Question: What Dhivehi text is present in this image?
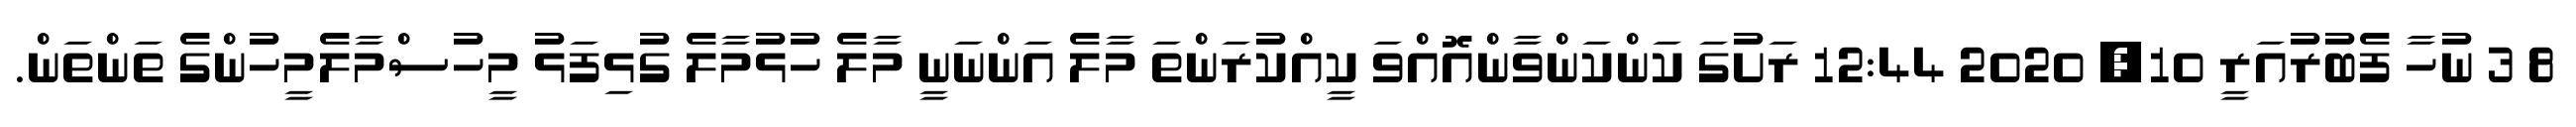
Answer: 8 3 ނުހާ ފެބުރުއަރީ 10, 2020 12:44 ރަށުގަ ކަންކަންވާންއޮއްވަ ކީއްކުރަންތަ މާލެ އަންނަނީ މާލެ ހުޅުމާލެ ގުޅިފަޅު މީހުސްމާލެމީހުންގެ ތަންތަން.